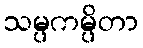
သမ္ပကမ္ပိတာ